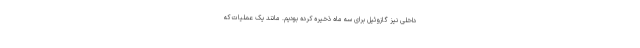
داخلی نیز گازوئیل برای سه ماه ذخیره کرده بودیم. مانند یک عملیات که